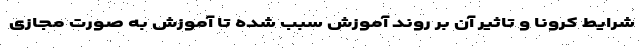
شرایط کرونا و تاثیر آن بر روند آموزش سبب شده تا آموزش به صورت مجازی